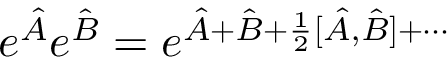
e ^ { \hat { A } } e ^ { \hat { B } } = e ^ { \hat { A } + \hat { B } + \frac { 1 } { 2 } [ \hat { A } , \hat { B } ] + \cdots }